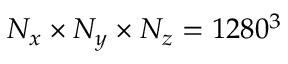
N _ { x } \times N _ { y } \times N _ { z } = 1 2 8 0 ^ { 3 }